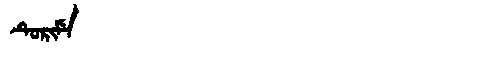
Manchu: ᡨᡠᡵᡳᠮᡝ
Romanization: TURIME